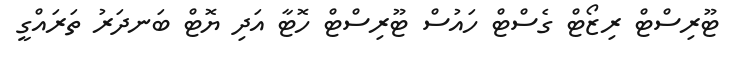
ޓޫރިސްޓް ރިޒޯޓް ގެސްޓް ހައުސް ޓޫރިސްޓް ހޮޓާ އަދި ޔޮޓް ބަނދަރު ތަރައްގީ